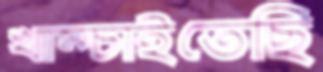
খাম্‌চাইতেছি